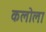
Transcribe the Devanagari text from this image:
कलोला